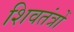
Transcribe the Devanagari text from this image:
शिवतंत्रों